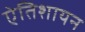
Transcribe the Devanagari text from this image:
एेतिशायन